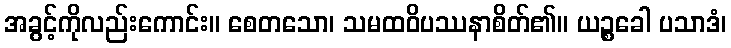
အခွင့်ကိုလည်းကောင်း။ စေတသော၊ သမထဝိပဿနာစိတ်၏။ ယဉ္စခေါ ပသာဒံ၊